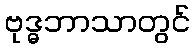
ဗုဒ္ဓဘာသာတွင်